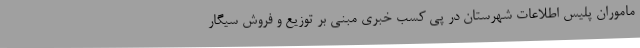
ماموران پلیس اطلاعات شهرستان در پی کسب خبری مبنی بر توزیع و فروش سیگار